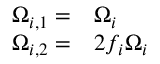
\begin{array} { r l } { \Omega _ { i , 1 } = } & { { } \Omega _ { i } } \\ { \Omega _ { i , 2 } = } & { { } 2 f _ { i } \Omega _ { i } } \end{array}